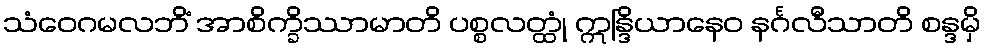
သံဝေဂမလဘိံ အာစိက္ခိဿာမာတိ ပစ္စလတ္ထုံ ဣန္ဒြိယာနေဝ နင်္ဂလီသာတိ စန္ဒမှိ